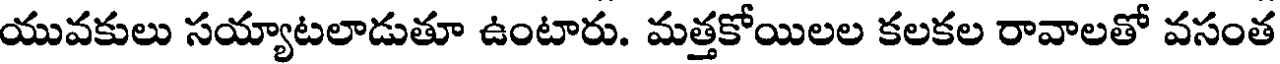
యువకులు సయ్యాటలాడుతూ ఉంటారు. మత్తకోయిలల కలకల రావాలతో వసంత